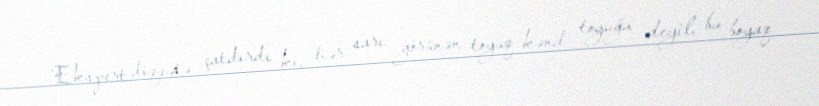
Ekspert diqqətə çatdırdı ki, hər sarı görünən toyuq kənd toyuğu deyil, bu boyaq